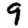
Digit: 9